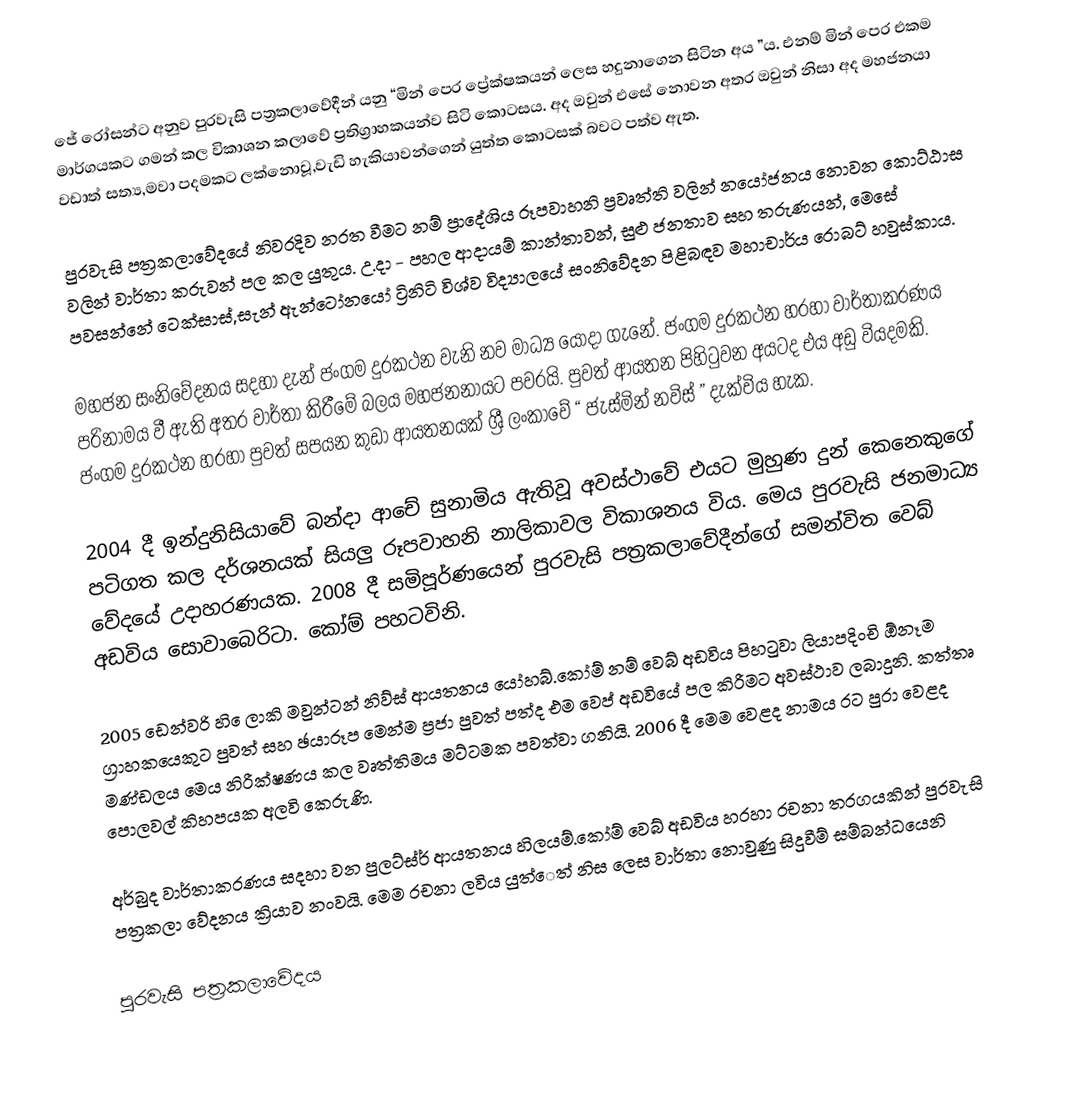
ජේ රෝසන්ට අනුව පුරවැසි පත්‍රකලාවේදීන් යනු “මින් පෙර ප්‍රේක්ෂකයන් ලෙස හදුනාගෙන සිටින අය ”ය. එනම් මින් පෙර එකම මාර්ගයකට ගමන් කල විකාශන කලාවේ ප්‍රතිග්‍රාහකයන්ව සිටි කොටසය. අද ඔවුන් එසේ නොවන අතර ඔවුන් නිසා අද මහජනයා වඩාත් සත්‍ය,මවා පදමකට ලක්නොවූ,වැඩි හැකියාවන්ගෙන් යුත්ත කොටසක් බවට පත්ව ඇත.

පුරවැසි පත්‍රකලාවේදයේ නිවරදිව නරත වීමට නම් ප්‍රාදේශිය රූපවාහනි ප්‍රවෘත්ති වලින් නයෝජනය නොවන කොට්ඨාස වලින් වාර්තා කරුවන් පල කල යුතුය. උ.දා - පහල ආදායම් කාන්තාවන්, සුළු ජනතාව සහ තරුණයන්, මෙසේ පවසන්නේ ටෙක්සාස්,සැන් ඇන්ටෝනයෝ  ට්‍රිනිටි විශ්ව විද්‍යාලයේ සංනිවේදන පිළිබඳව මහාචාර්ය රොබට් හවුස්කාය.

මහජන සංනිවේදනය සදහා දැන් ජංගම දුරකථන වැනි නව මාධ්‍ය යොදා ගැනේ.  ජංගම දුරකථන හරහා වාර්තාකරණය පරිනාමය වී ඇති අතර වාර්තා කිරීමේ බලය මහජනනායට පවරයි. පුවත් ආයතන පිහිටුවන අයටද එය අඩු වියදමකි. ජංගම දුරකථන හරහා පුවත් සපයන කුඩා ආයතනයක් ශ්‍රී ලංකාවේ  “ ජැස්මින් නවිස් ” දැක්විය හැක.

2004 දී ඉන්දුනිසියාවේ බන්දා ආචේ සුනාමිය ඇතිවූ අවස්ථාවේ එයට මුහුණ දුන් කෙනෙකුගේ පටිගත කල දර්ශනයක් සියලු රූපවාහනි නාලිකාවල විකාශනය විය. මෙය පුරවැසි ජනමාධ්‍ය වේදයේ උදාහරණයක. 2008 දී සමිපූර්ණයෙන් පුරවැසි පත්‍රකලාවේදීන්ගේ සමන්විත වෙබ් අඩවිය සොවාබෙරිටා. කෝම් පහටවිනි.

2005 ඩෙන්වරි හි ෙලාකි මවුන්ටන් නිව්ස්  ආයතනය යෝහබ්.කෝම් නම් වෙබ් අඩවිය පිහටුවා ලියාපදිංචි ඕනෑම ග්‍රාහකයෙකුට පුවත් සහ ඡයාරූප මෙන්ම ප්‍රජා පුවත් පත්ද එම වෙප් අඩවියේ පල කිරීමට අවස්ථාව ලබාදුනි. කත්තෘ මණ්ඩලය මෙය නිරීක්ෂණය කල වෘත්තිමය මට්ටමක පවත්වා ගනියි. 2006 දී මෙම වෙළද නාමය රට පුරා වෙළද පොලවල් කිහපයක අලවි කෙරුණි.

අර්බුද වාර්තාකරණය සදහා වන පුලට්ස්ර් ආයතනය හිලයම්.කෝම් වෙබ් අඩවිය හරහා රචනා තරගයකින් පුරවැසි පත්‍රකලා වේදනය ක්‍රියාව නංවයි. මෙම රචනා ලවිය යුත්ෙත් නිස ලෙස වාර්තා නොවුණු සිදුවීම් සම්බන්ධයෙනි

පුරවැසි පත්‍රකලාවේදය